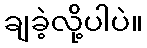
ချခဲ့လို့ပါပဲ။